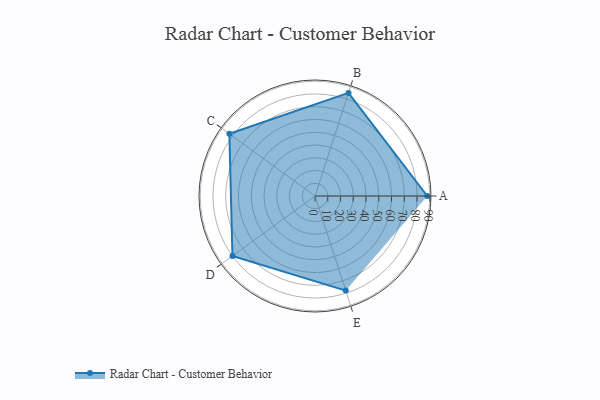
{"axis": {"x": "Skill", "y": "Score"}, "legend": ["Profile"], "data": [{"x": "A", "y": 88.0, "type": "Profile"}, {"x": "B", "y": 85.0, "type": "Profile"}, {"x": "C", "y": 83.0, "type": "Profile"}, {"x": "D", "y": 80.0, "type": "Profile"}, {"x": "E", "y": 78.0, "type": "Profile"}]}